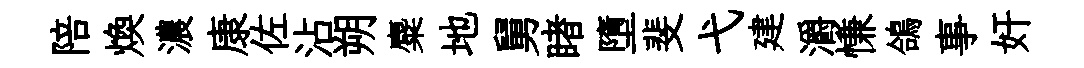
陪煥濃康佐沾朔麋地舅睹墮斐弋建灂慊鴿事奸